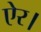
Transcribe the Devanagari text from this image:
ऐर।